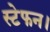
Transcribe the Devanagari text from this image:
स्टेफन।